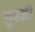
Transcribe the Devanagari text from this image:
बहुशक्ती